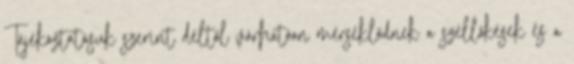
Tájékoztatásuk szerint déltől várhatóan mérséklődnek a széllökések és a